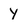
Character: Y